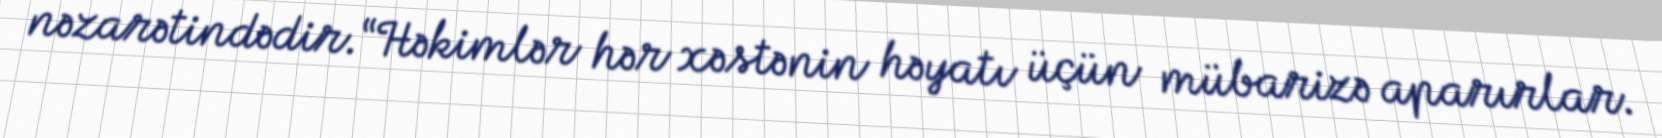
nəzarətindədir.“Həkimlər hər xəstənin həyatı üçün mübarizə aparırlar.